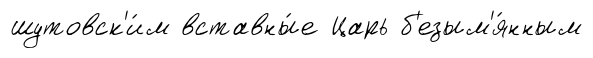
шутовск'и́м вставны́е Царь б'езым'я́нным